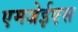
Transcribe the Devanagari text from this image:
एमजेईएस